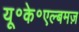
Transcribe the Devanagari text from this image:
यू॰के॰एल्बमज़